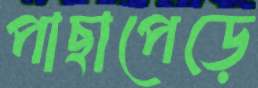
পাছাপেড়ে